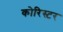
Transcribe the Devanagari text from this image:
कोरिस्टर